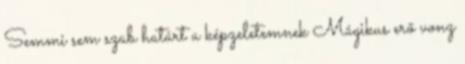
Semmi sem szab határt a képzeletemnek Mágikus erő vonz